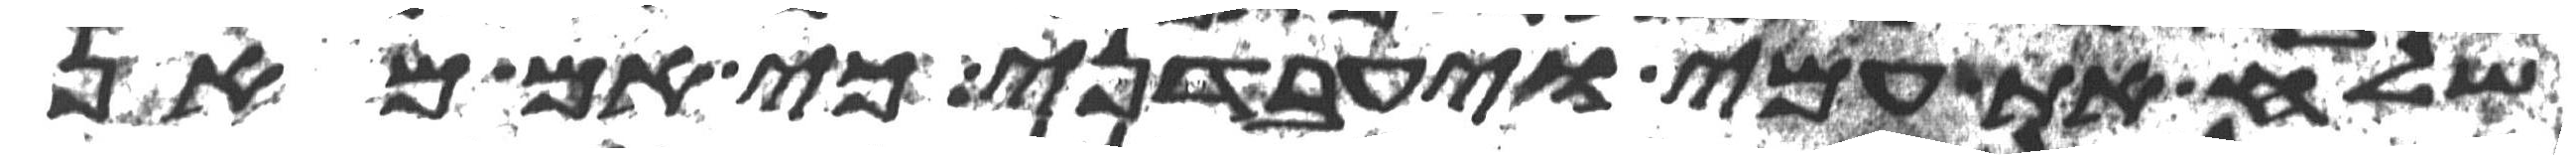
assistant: שלח את עמי ויעבדני כי אם מאן